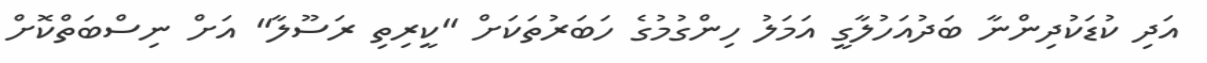
އަދި ކުޑަކުދިންނާ ބަދުއަހުލާގީ އަމަލު ހިންގުމުގެ ހަބަރުތަކަށް "ކީރިތި ރަސޫލާ" އަށް ނިސްބަތްކޮށް